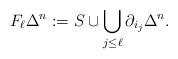
LaTeX: \begin{align*} F_\ell \Delta^n:=S\cup \bigcup_{j\le \ell} \partial_{i_j}\Delta^n. \end{align*}